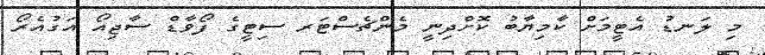
މި ލަނޑު އެޓީމަށް ކާމިޔާބު ކޮށްދިނީ މެންޗެސްޓަރ ސިޓީގެ ފޯވާޑް ސާޖިއޯ އަގުއެރޯ